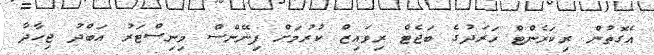
އެގޮތުން ރިކަރެންޓް ހަރަދުގެ ބަޖެޓް ރިވައިޒް ކުރުމަށް ފިނޭންސް މިނިސްޓަރު އަބްދު ޖިހާދާ